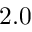
2 . 0